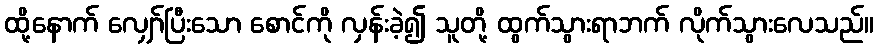
ထို့နောက် လျှော်ပြီးသော စောင်ကို လှန်းခဲ့၍ သူတို့ ထွက်သွားရာဘက် လိုက်သွားလေသည်။